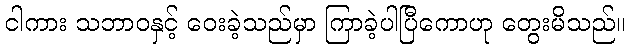
ငါကား သဘာဝနှင့် ဝေးခဲ့သည်မှာ ကြာခဲ့ပါပြီကောဟု တွေးမိသည်။